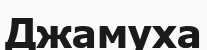
Джамуха